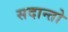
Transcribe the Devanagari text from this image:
सदान्तो